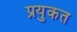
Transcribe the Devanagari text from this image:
प्रयुकत